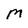
Character: M